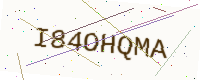
Text: I84OHQMA